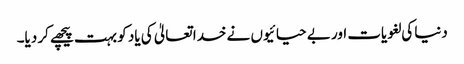
دنیا کی لغویات اور بے حیائیوں نے خدا تعالیٰ کی یاد کو بہت پیچھے کر دیا۔